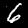
Digit: 6